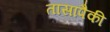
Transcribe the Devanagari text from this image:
तासापैकी